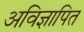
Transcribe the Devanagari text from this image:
अविज्ञापित